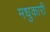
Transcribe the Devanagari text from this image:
मधुकारी